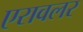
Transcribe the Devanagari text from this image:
एरावलर